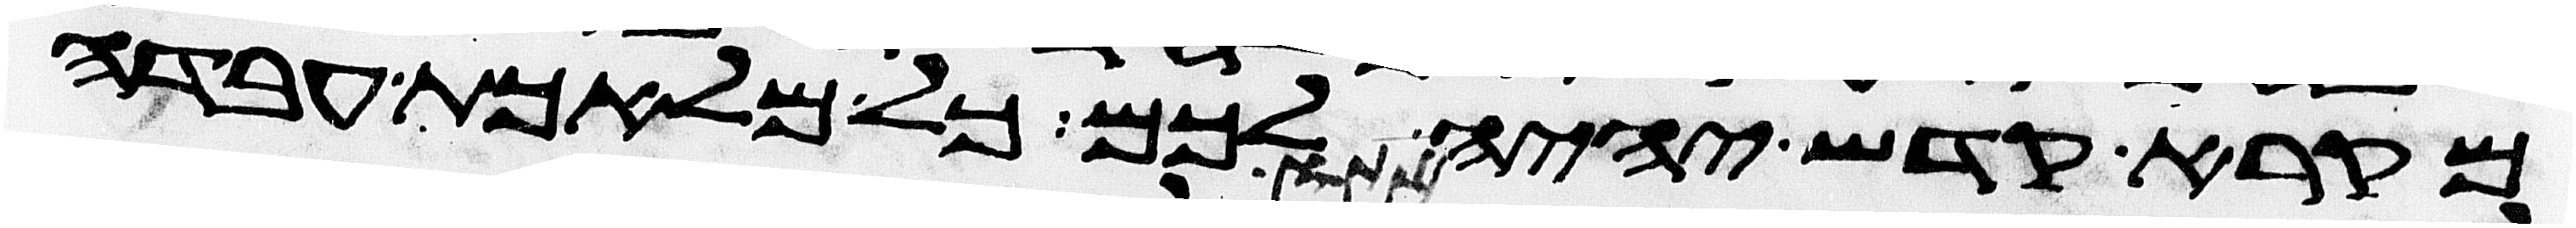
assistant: מקרא קדש יהיה לכם כל מלאכת עבדה